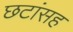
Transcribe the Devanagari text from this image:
छटांसह